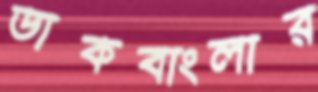
ডাকবাংলার